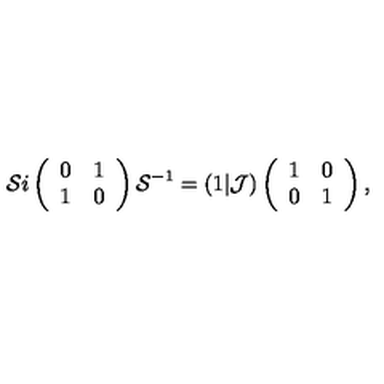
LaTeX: { \cal S } i \left( \begin{array} { c c } { 0 } & { 1 } \\ { 1 } & { 0 } \\ \end{array} \right) { \cal S } ^ { - 1 } = ( 1 \vert { \cal J } ) \left( \begin{array} { c c } { 1 } & { 0 } \\ { 0 } & { 1 } \\ \end{array} \right) ,